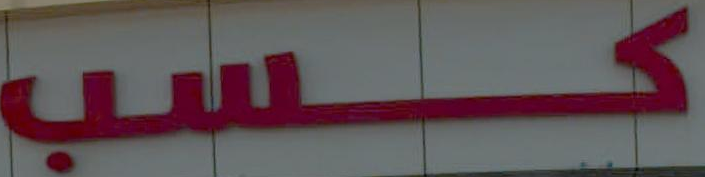
كسب